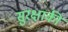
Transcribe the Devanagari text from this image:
सुरक्षाकी